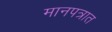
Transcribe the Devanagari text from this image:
मानपत्रात